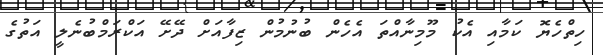
ހިތްހެޔޮ ކަމާއި އެކު މޫމިނާއްތަ އެހެން ބުނުމުން ޒިފާއަށް ދޭށޭ އަކްރަމްބުނެލީ އަތުގެ